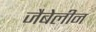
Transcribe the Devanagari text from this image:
जैबेलीन